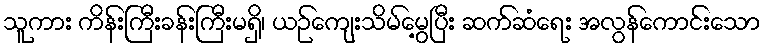
သူကား ကိန်းကြီးခန်းကြီးမရှိ၊ ယဉ်ကျေးသိမ်မွေ့ပြီး ဆက်ဆံရေး အလွန်ကောင်းသော